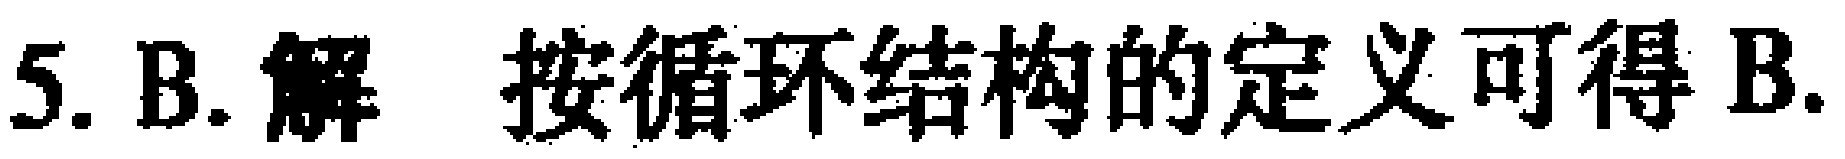
5. B. 解 按循环结构的定义可得 B.